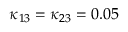
\kappa _ { 1 3 } = \kappa _ { 2 3 } = 0 . 0 5